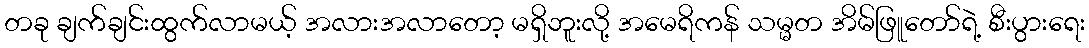
တခု ချက်ချင်းထွက်လာမယ့် အလားအလာတော့ မရှိဘူးလို့ အမေရိကန် သမ္မတ အိမ်ဖြူတော်ရဲ့ စီးပွားရေး